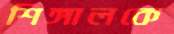
শিঙ্গালকে